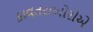
કાવતરાખોરોએ